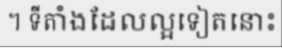
។ ទីតាំងដែលល្អទៀតនោះ